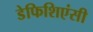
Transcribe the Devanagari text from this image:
डेफिशिएंसी